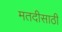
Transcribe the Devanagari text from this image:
मतदीसाठी